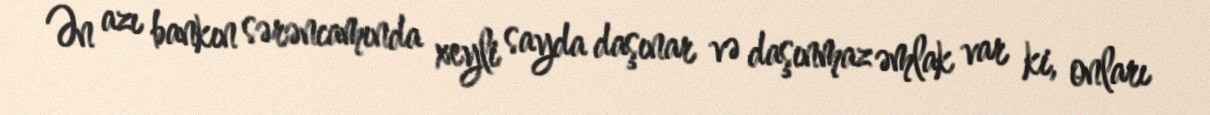
Ən azı bankın sərəncamında xeyli sayda daşınar və daşınmaz əmlak var ki, onları